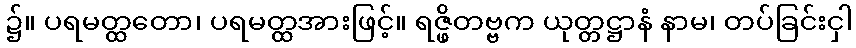
၌။ ပရမတ္ထတော၊ ပရမတ္ထအားဖြင့်။ ရဇ္ဖိတဗ္ဗက ယုတ္တဋ္ဌာနံ နာမ၊ တပ်ခြင်းငှါ